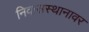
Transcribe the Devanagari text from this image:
निवासस्थानावर